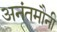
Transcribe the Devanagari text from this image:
अनंतमौनी